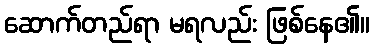
ဆောက်တည်ရာ မရလည်း ဖြစ်နေ၏။